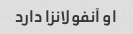
او آنفولانزا دارد